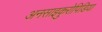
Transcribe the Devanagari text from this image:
अनसाइकुरोपिडिया